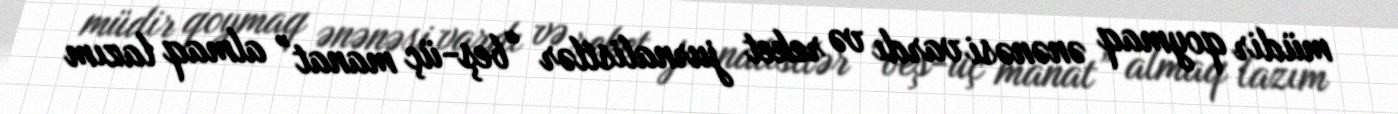
müdir qoymaq ənənəsi vardı və reket jurnalistlər “beş-üç manat” almaq lazım